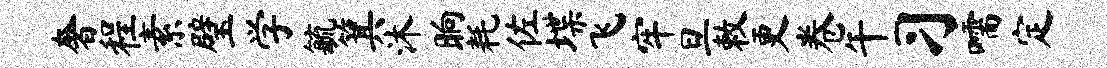
奢程素璧学毓箕沐晌耗佐堞飞牢旦敕更卷午习嚅定